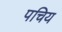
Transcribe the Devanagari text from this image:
पचिय